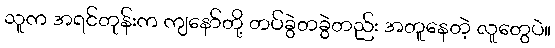
သူက အရင်တုန်းက ကျနော်တို့ တပ်ခွဲတခွဲတည်း အတူနေတဲ့ လူတွေပဲ။